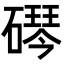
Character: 𬒠